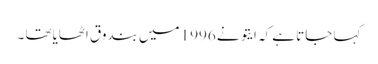
کہا جاتا ہے کہ ایتو نے 1996 میں بندوق اٹھایاتھا ۔